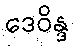
ဒေဝိန္ဒ